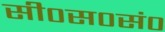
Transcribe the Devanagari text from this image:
सी०स०सं०